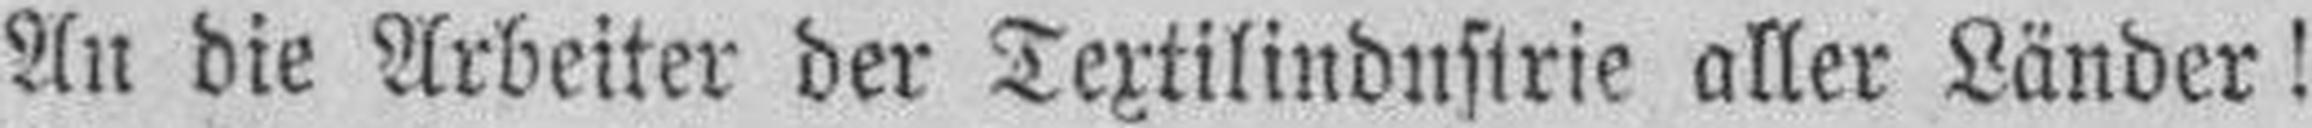
An die Arbeiter der Textilindustrie aller Länder!